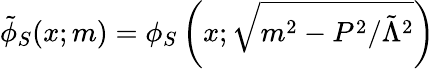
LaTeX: \tilde{\phi}_{S}(x;m)=\phi_{S}\left(x;\sqrt{m^{2}-P^{2}/\tilde{\Lambda}^{2}}\right)